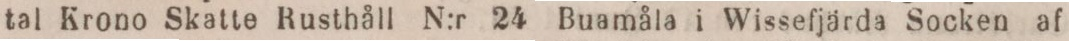
tal Krono Skatte Rusthåll N:r 24 Buamåla i Wissefjärda Socken af